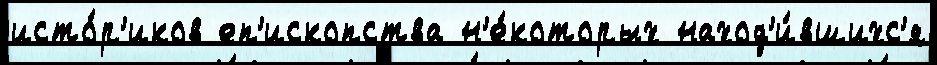
исто́р'иков еп'ископства н'е́которых наход'и́вшихс'я